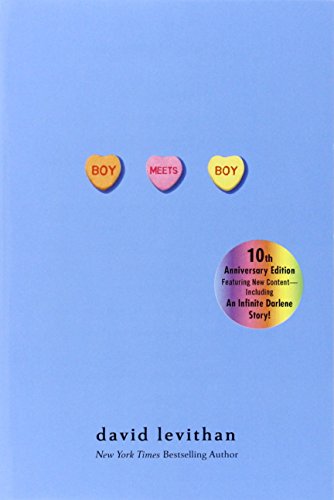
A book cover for Boy Meets Boy; David Levithan; Teen & Young Adult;